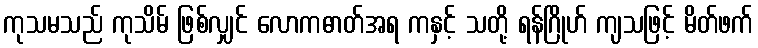
ကုသမသည် ကုသိမ် ဖြစ်လျှင် လောကဓာတ်အရ ကနှင့် သတို့ ရန်ဂြိုဟ် ကျသဖြင့် မိတ်ဖက်